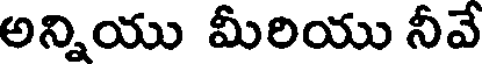
అన్నియు మీరియు నీవే